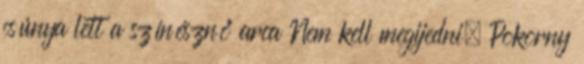
csúnya lett a színésznő arca Nem kell megijedni, Pokorny